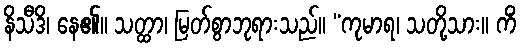
နိသီဒိ၊ နေ၏။ သတ္ထာ၊ မြတ်စွာဘုရားသည်။ “ကုမာရ၊ သတို့သား။ ကိံ